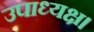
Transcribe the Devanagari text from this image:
उपाध्यक्ष।